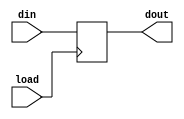
module reg26(
input load,
input [26:0] din,
output reg [26:0] dout
);
always @(posedge load)
begin
dout<=din;
end
endmodule